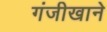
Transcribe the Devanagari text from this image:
गंजीखाने